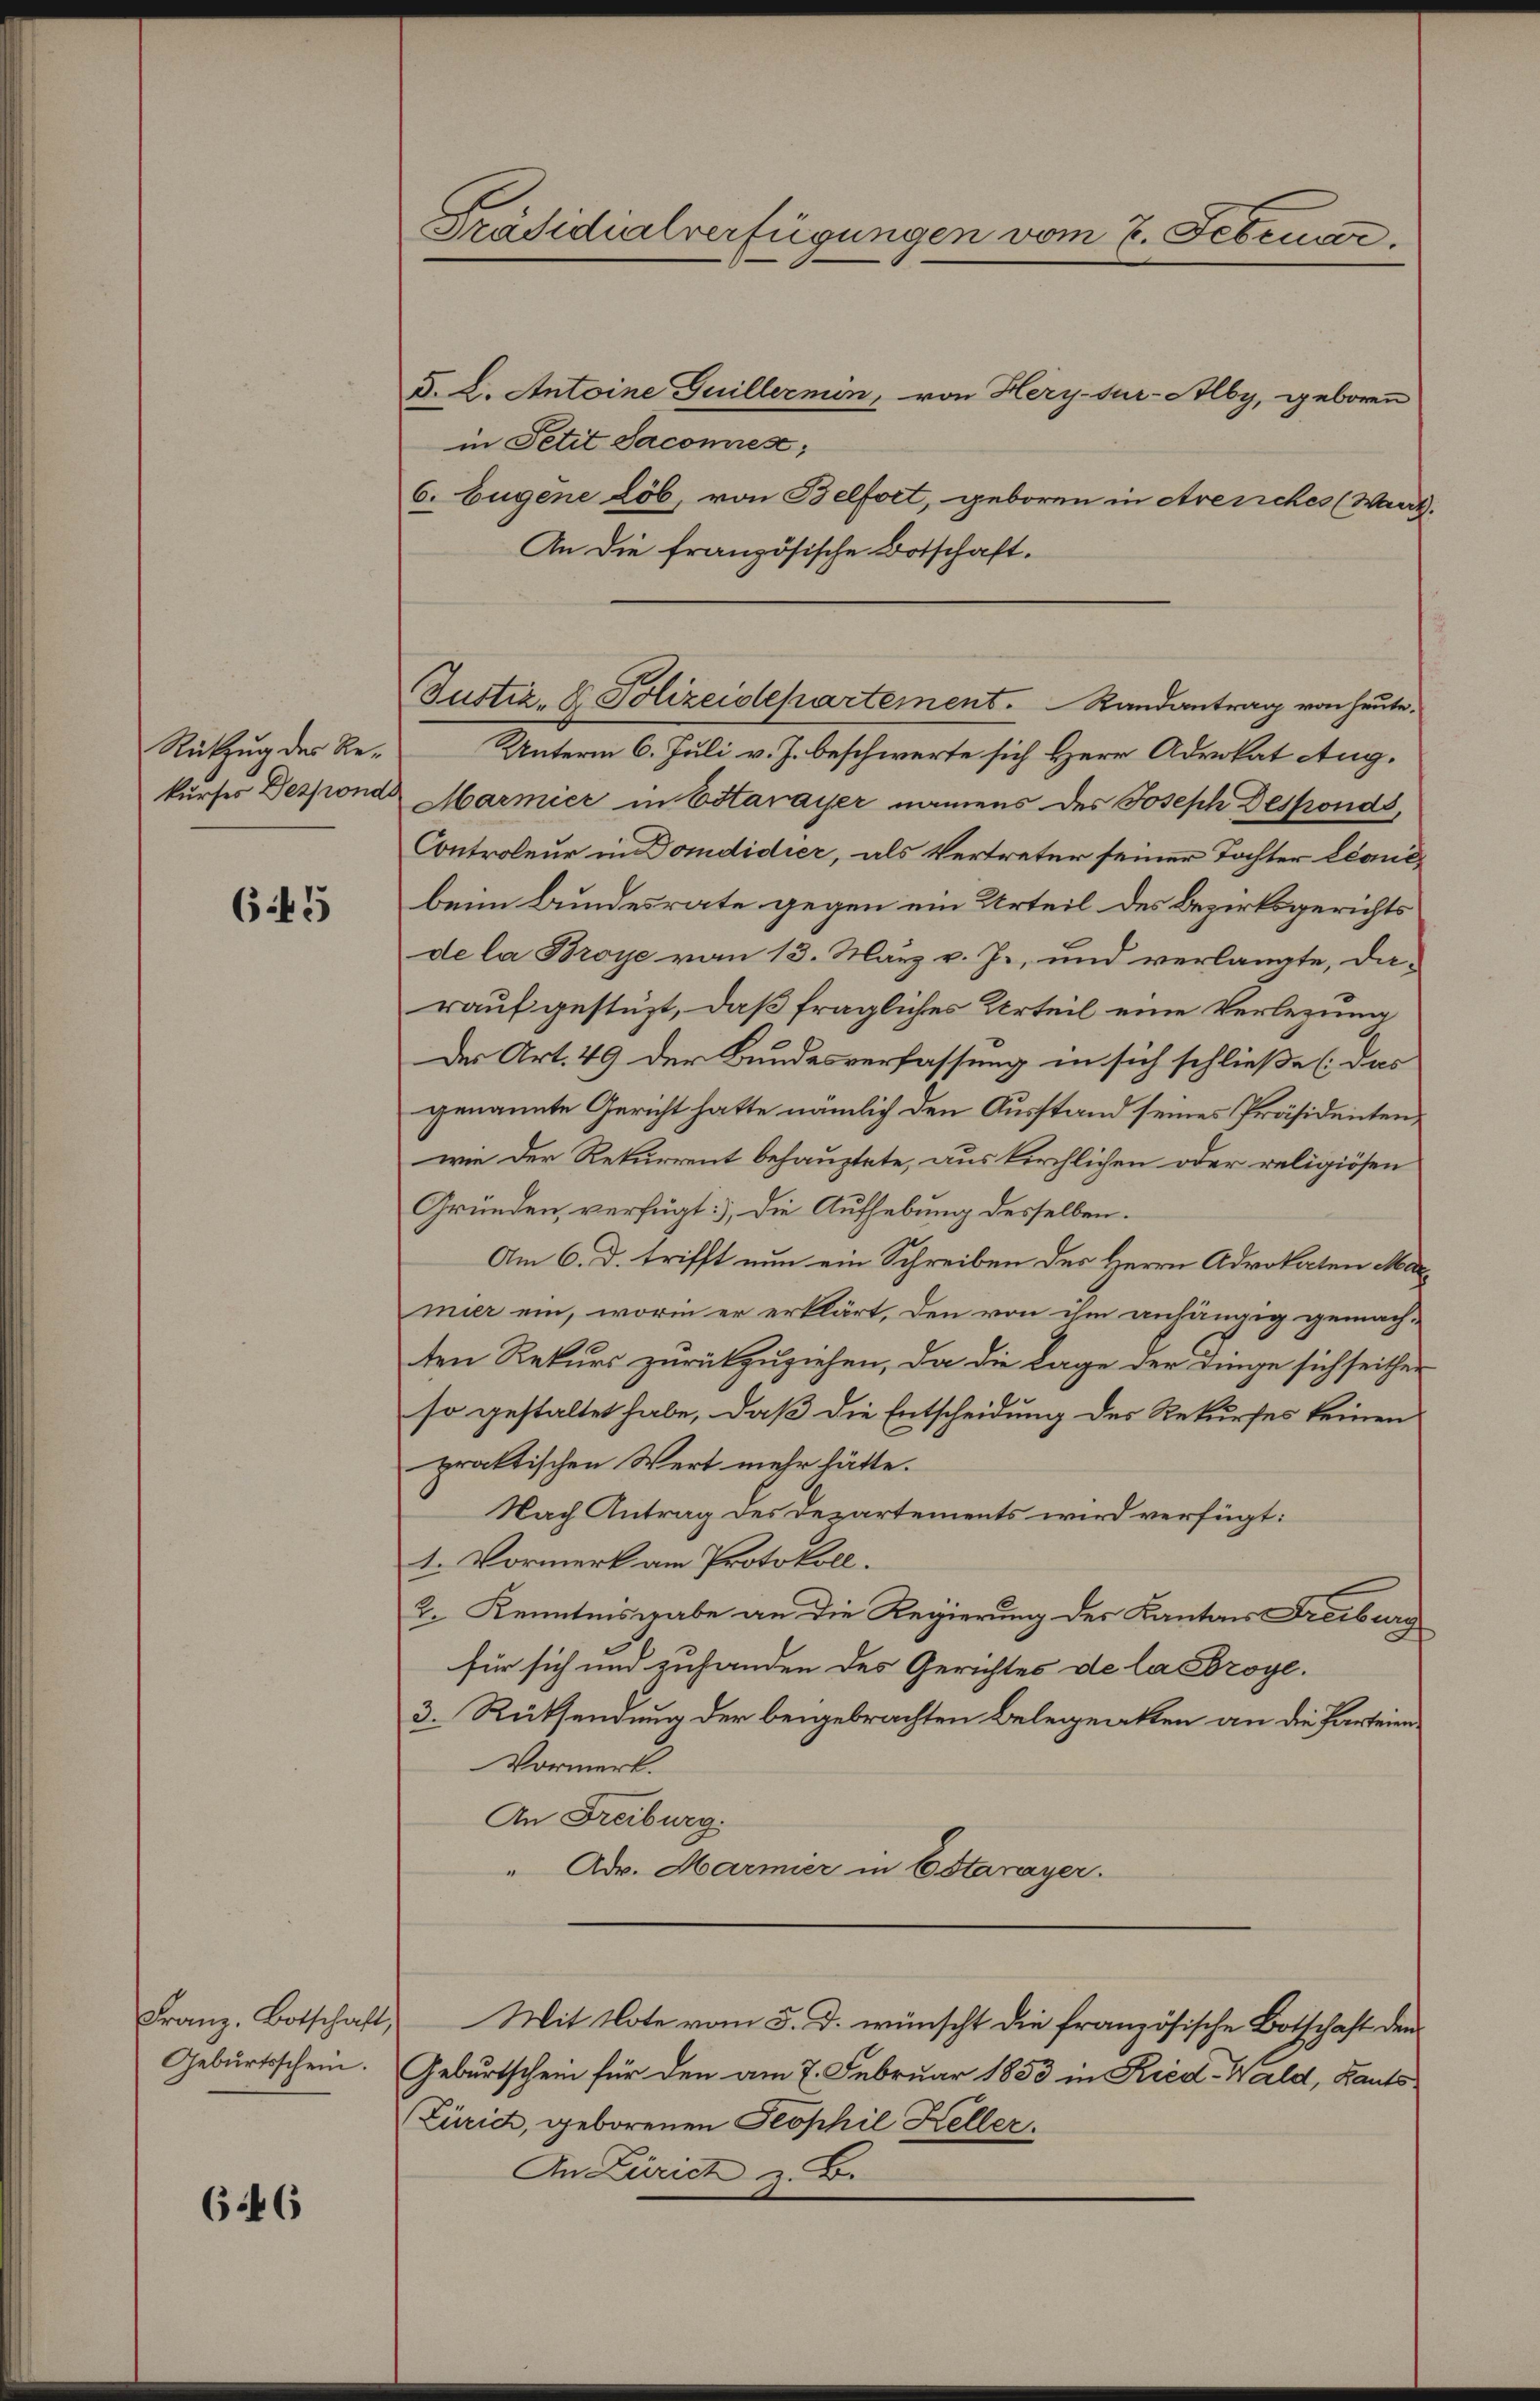
Rückzug des Re¬

645

Geburtsschein.

646

Präsidialverfügungen vom 7. Februar.

d. L. Antoine Guillermin, von Hery-Sur-Alby, geboren
in Petit Jacomies;
6. Eugene Löb, von Belfort, geboren in Arenches (Wand
An die französische Botschaft.
Unterm 6. Juli v. J. beschwerte sich Herr Advokat Aug.
kurses Despondr Marmier in Estavayer namens des Joseph Desponds,
Controleur in Domdidier, als Vertreter seiner Tochter Land
beim Bundesrate gegen ein Urteil des Bezirksgerichts
de la Broye vom 13. März v. J., und verlangte, darauf gestüzt, daß fragliches Urteil eine Verlegung
Der Art. 49 der Bundesverfassung in sich schließe (das
genannte Gericht hatte nämlich den Ausstand seines Präsidentenwie der Rekurrent behauptete, aus kirchlichen oder religiösen
Gründen, verfügt: Die Aufhebung desselben.
Am 6. d. trifft nun ein Schreiben des Herrn Advokaten Marmier ein, worin er erklärt, den von ihm anhängig gemach-
ten Rekurs zurückzuziehen, da die Lage der Dinge sich seither
so gestaltet habe, daß die Entscheidung des Rekurses keinen
praktischen Wert mehr hätte.
Nach Antrag des Departements wird verfügt:
1. Vormerk am Protokoll.
2. Kenntnisgabe an die Regierung des Kantons Freiburg
für sich und zuhanden des Gerichtes de lasbroye.
3. Rücksendung der beigebrachten Belegenkten an die Parteien
Vormerk
An Freiburg.
" Adv. Marmier in Estavayer.
Franz, Botschaft, Mit Note vom 5. d. wünscht die französische Botschaft den
Geburtschein für den am 7. Februar 1853 in Ried-Wald, Kauts¬
Zürich, geborenen Teophil Keller.
An Zürich z. B.

Justiz- & Polizeidepartement.   Randantrag von heute.